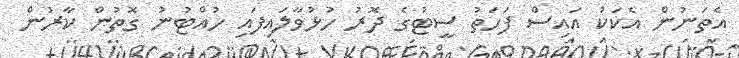
އެތަނުން އެކަކު އައިސް ފަހަތު ސީޓުގެ ދޮރު ހުޅުވާލައިފައި ހުއްޓުނު ގޮތުން ކާރުން